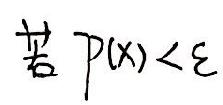
若 \(p(x)<\varepsilon\)